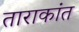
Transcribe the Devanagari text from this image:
ताराकांत